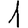
Digit: 1